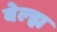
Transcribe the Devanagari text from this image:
वेल्ह्म